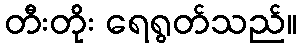
တီးတိုး ရေရွတ်သည်။